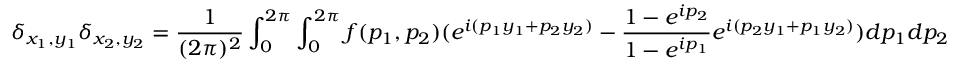
\delta _ { x _ { 1 } , y _ { 1 } } \delta _ { x _ { 2 } , y _ { 2 } } = \frac { 1 } { ( 2 \pi ) ^ { 2 } } \int _ { 0 } ^ { 2 \pi } \int _ { 0 } ^ { 2 \pi } f ( p _ { 1 } , p _ { 2 } ) ( e ^ { i ( p _ { 1 } y _ { 1 } + p _ { 2 } y _ { 2 } ) } - \frac { 1 - e ^ { i p _ { 2 } } } { 1 - e ^ { i p _ { 1 } } } e ^ { i ( p _ { 2 } y _ { 1 } + p _ { 1 } y _ { 2 } ) } ) d p _ { 1 } d p _ { 2 }